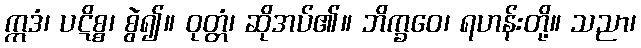
ဣဒံ၊ ပဋိစ္စ၊ စွဲ၍။ ဝုတ္တံ၊ ဆိုအပ်၏။ ဘိက္ခဝေ၊ ရဟန်းတို့။ သညာ၊